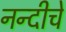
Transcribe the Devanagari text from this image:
नन्दीचे